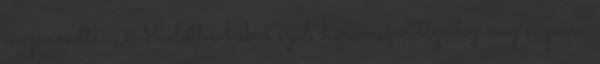
megmondta: ,,Mielőtt a kakas szól, háromszor tagadsz meg engem.''